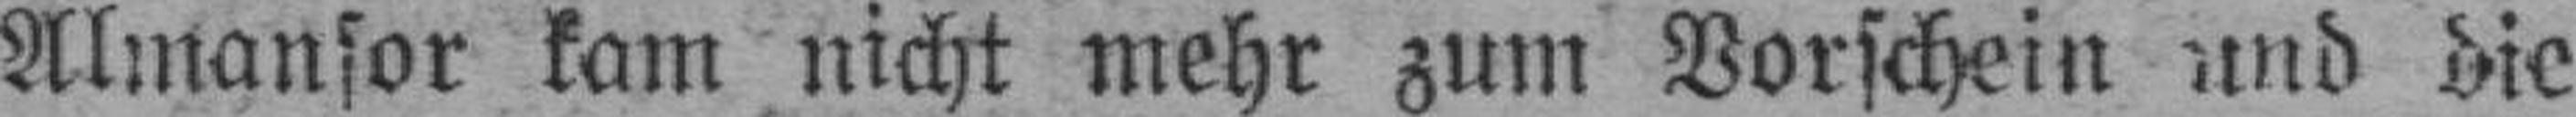
Almansor kam nicht mehr zum Vorschein und die